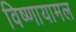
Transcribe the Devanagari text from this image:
विष्णायामल